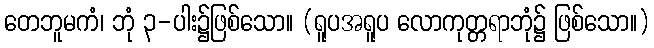
တေဘူမကံ၊ ဘုံ ၃-ပါး၌ဖြစ်သော။ (ရူပအရူပ လောကုတ္တရာဘုံ၌ ဖြစ်သော။)